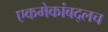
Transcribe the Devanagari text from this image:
एकमेकांबद्लच